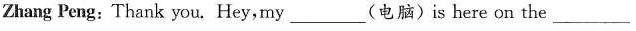
Zhang Peng:Thank you.Hey,my(电脑)is here on the_________